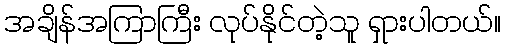
အချိန်အကြာကြီး လုပ်နိုင်တဲ့သူ ရှားပါတယ်။